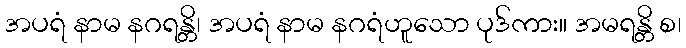
အပရံ နာမ နဂရန္တိ၊ အပရံ နာမ နဂရံဟူသော ပုဒ်ကား။ အမရန္တိ စ၊